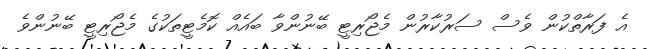
އެ ފަރާތްކުން ވެސް ސަރުކާރުން މެޖޯރިޓީ ބޭނުންވާ ބައެއް ކޮމެޓީތަކުގެ މެޖޯރިޓީ ބޭނުންވެ